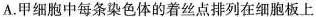
A.甲细胞中每条染色体的着丝点排列在细胞板上